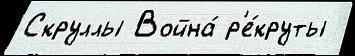
Скруллы Война́ р'е́круты